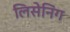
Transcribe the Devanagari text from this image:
लिसेनिंग